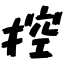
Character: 控